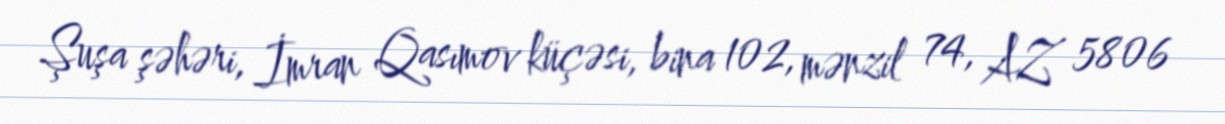
Şuşa şəhəri, İmran Qasımov küçəsi, bina 102, mənzil 74, AZ 5806